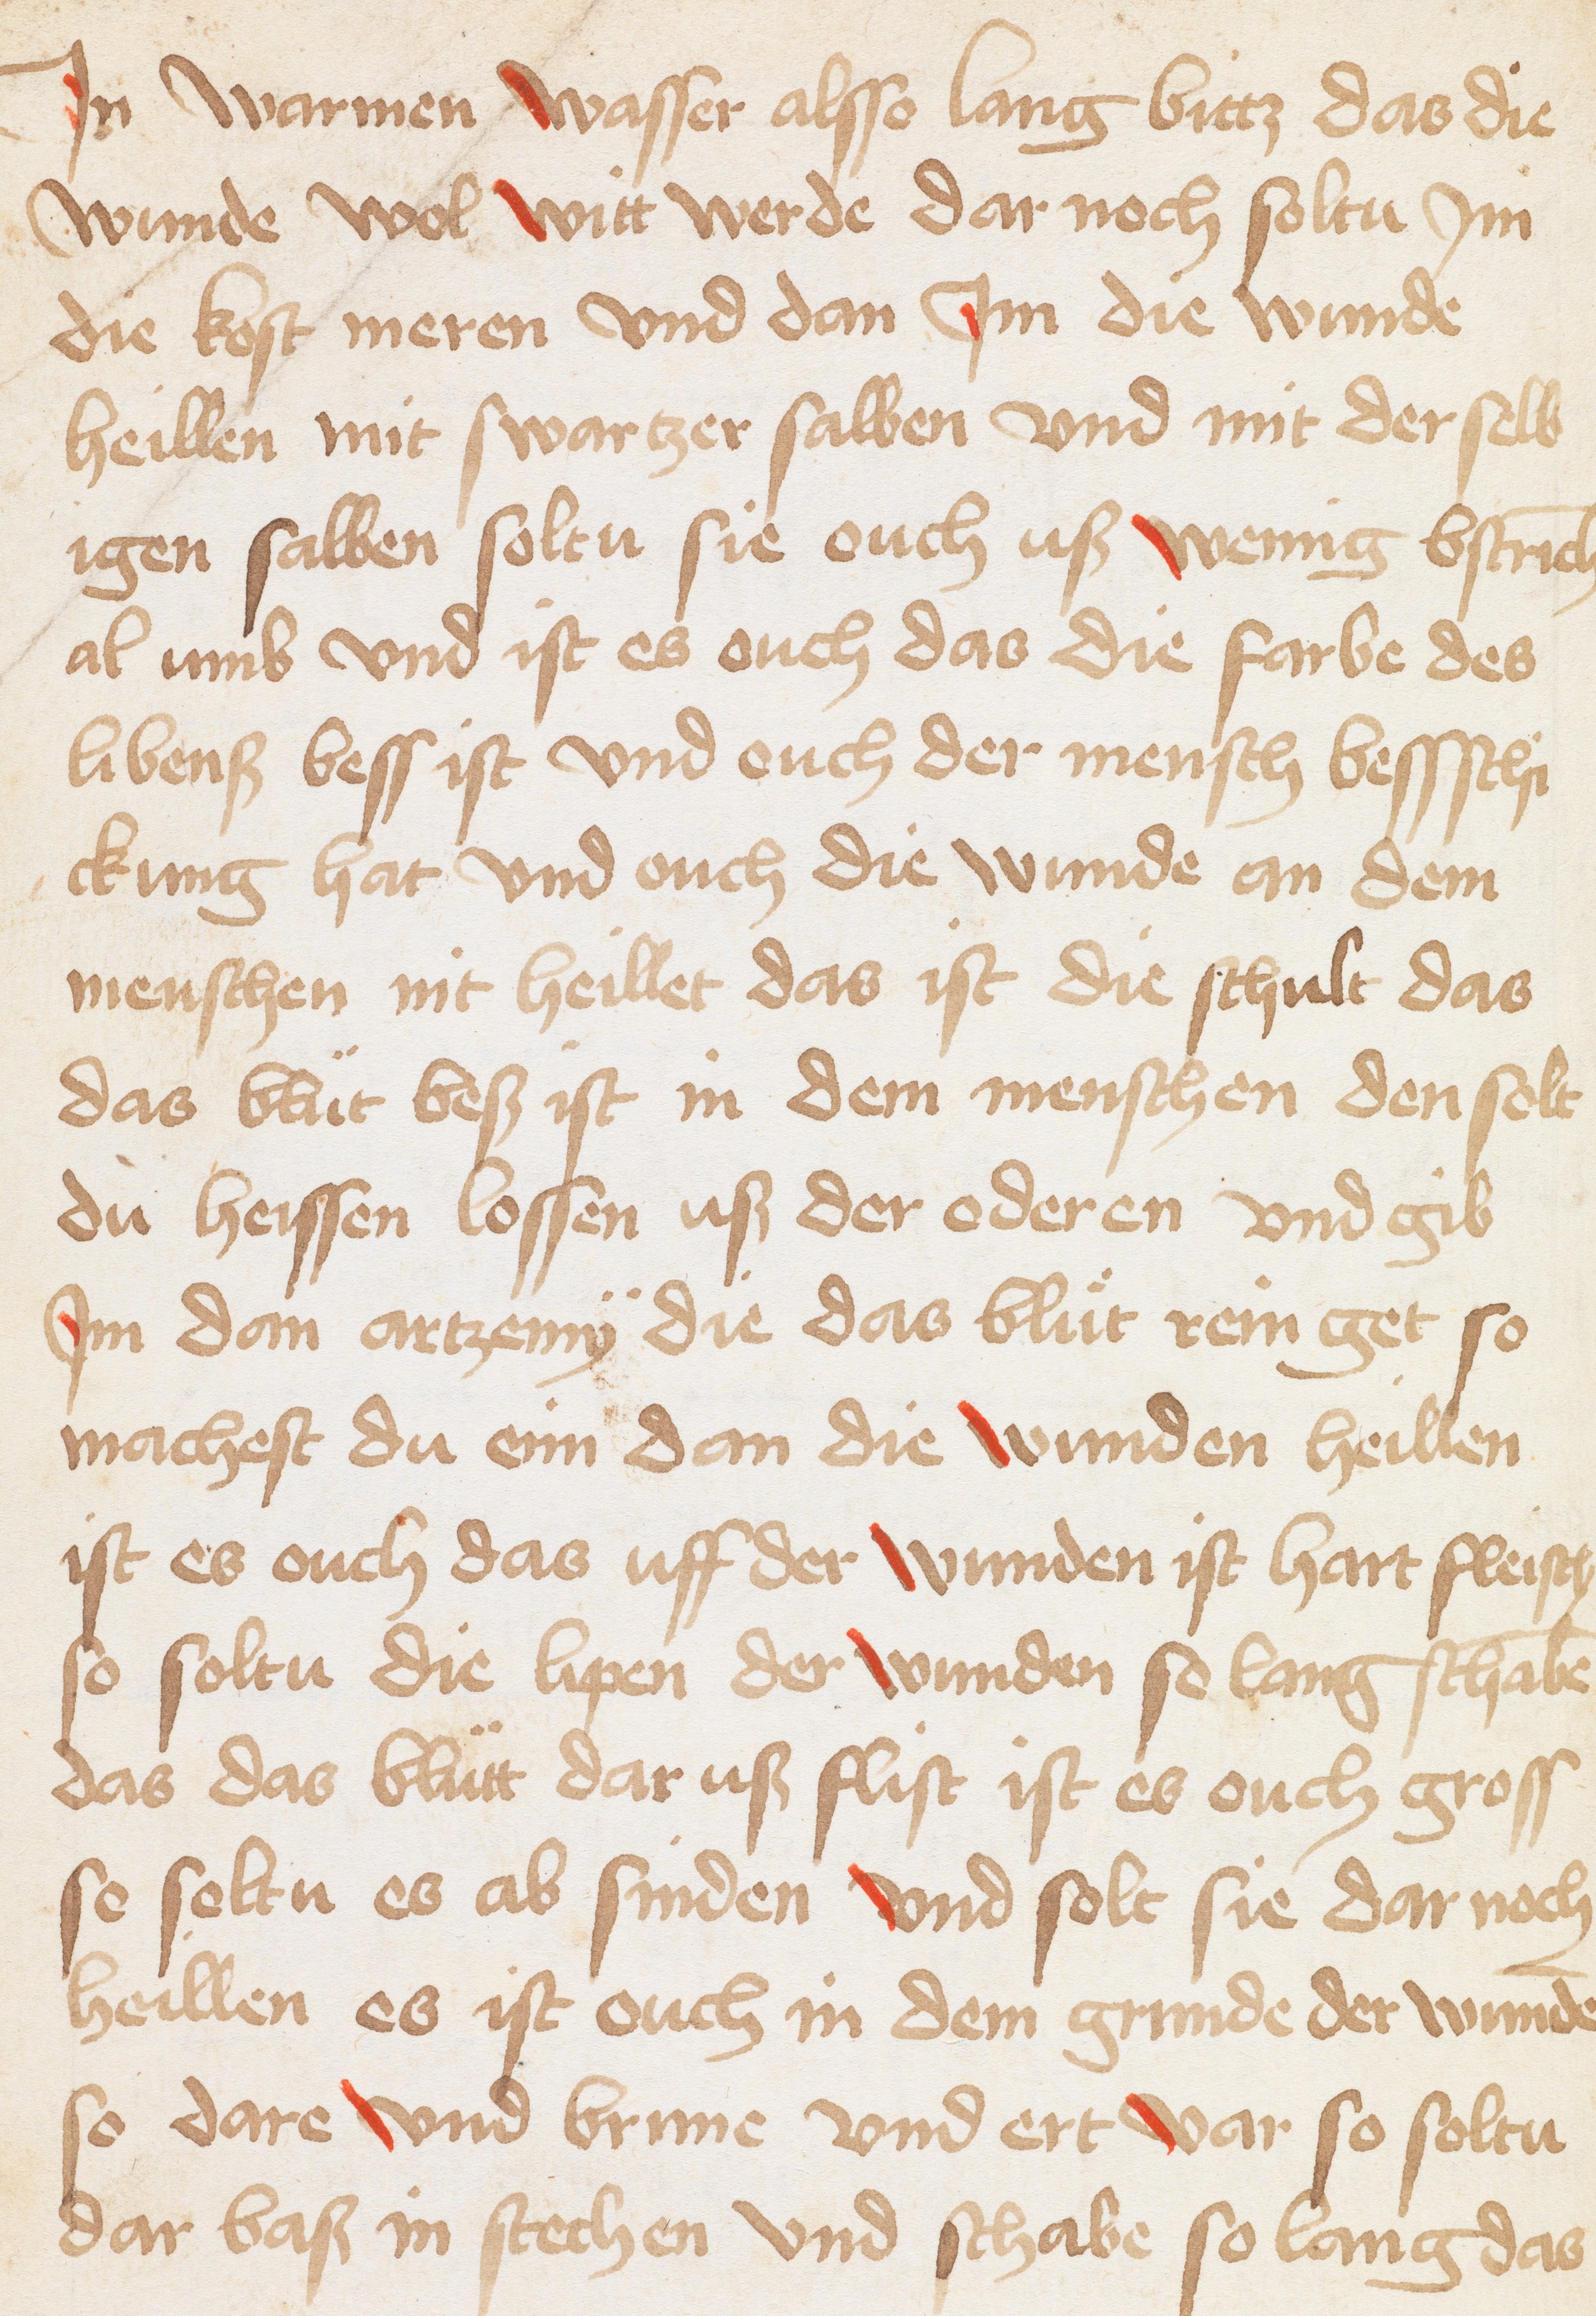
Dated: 1400–1599